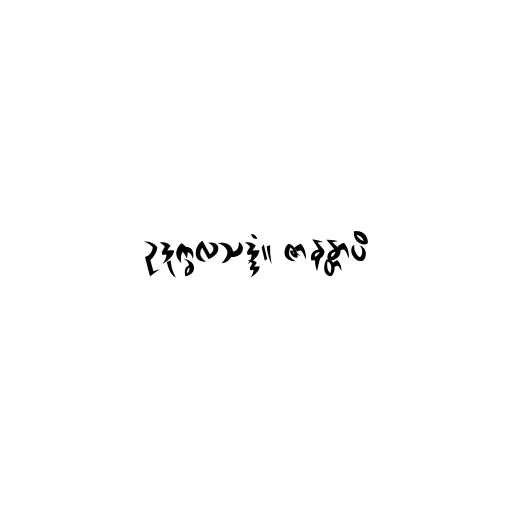
ဥဒုက္ခလသဒ္ဒံ။ ဇာနန္တာပိ